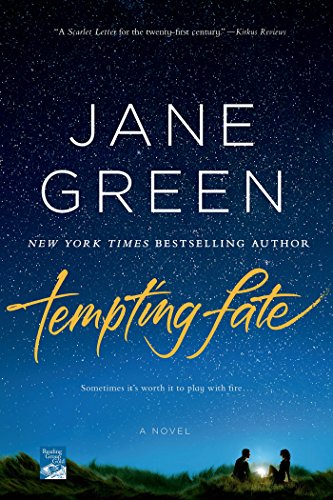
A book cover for Tempting Fate: A Novel; Jane Green; Literature & Fiction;